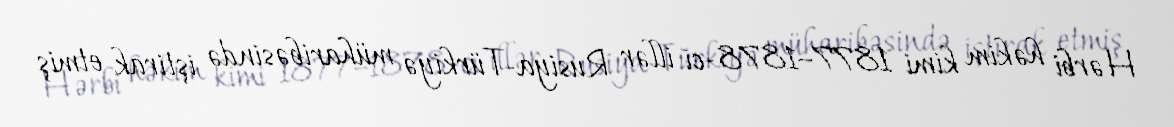
Hərbi həkim kimi 1877–1878-ci illər Rusiya-Türkiyə müharibəsində iştirak etmiş